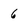
Character: 6